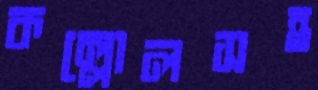
কল্লোলসহ